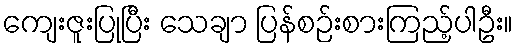
ကျေးဇူးပြုပြီး သေချာ ပြန်စဉ်းစားကြည့်ပါဦး။